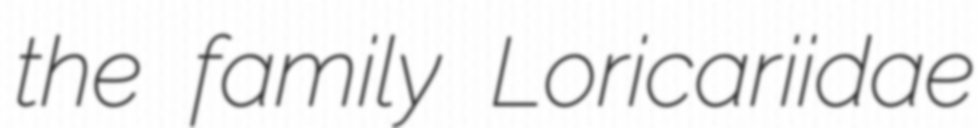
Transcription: the family Loricariidae